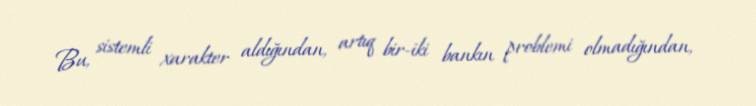
Bu, sistemli xarakter aldığından, artıq bir-iki bankın problemi olmadığından,